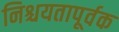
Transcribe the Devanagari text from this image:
निश्चयतापूर्वक